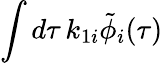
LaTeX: \int d\tau\, k_{1i}\tilde{\phi}_{i}(\tau)